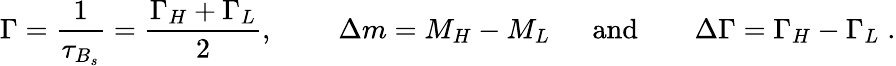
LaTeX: \Gamma=\frac{1}{\tau_{B_{s}}}=\frac{\Gamma_{H}+\Gamma_{L}}{2},~~~~~~~~~\Delta m=M_{H}-M_{L}~~~~~~\mathrm{and}~~~~~~~~\Delta\Gamma=\Gamma_{H}-\Gamma_{L}\; .